Annual statistical returns and brief notes on vaccination in Bengal - 1909-1929
Year: 1909
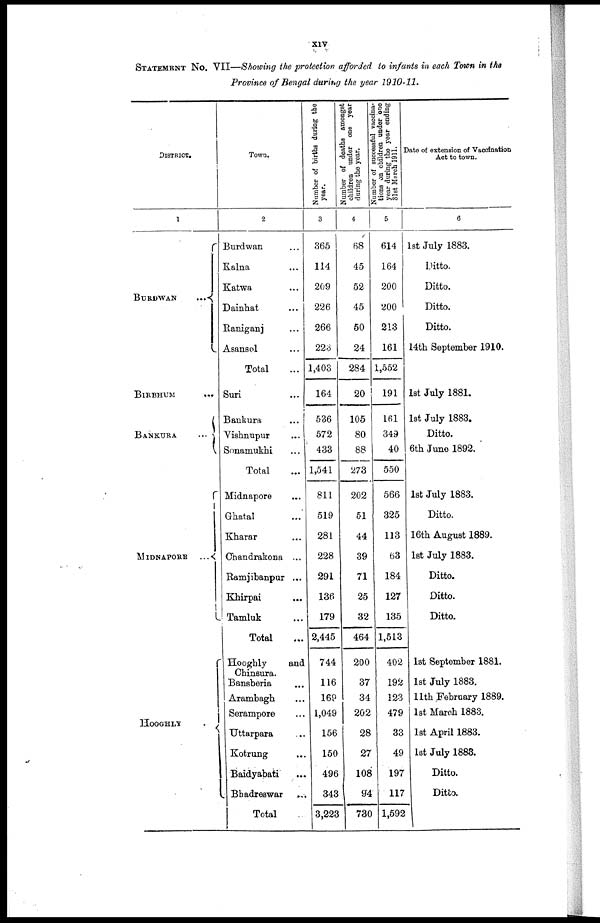
xiv
STATEMENT No. VII—Showing the protection afforded to infants in each Town in the
Province of Bengal during the year 1910-11.
DISTRICT.
1
BURDWAN
...
BIRBHUM...
BANKURA...
...
MIDNAPORE...
HOOGHLY...
Town.
2
Burdwan... ...
Kalna... ...
Katwa... ...
Dainhat... ...
Raniganj... ...
Asansol... ...
Total...
Suri... ...
Bankura... ...
Vishnupur... ...
Sonamukhi... ...
Total...
Midnapore... ...
Ghatal... ...
Kharar... ...
Chandrakona... ...
Ramjibanpur... ...
Khirpai...
...
Tamluk... ...
Total...
Hooghly
and
Chinsura.
Bansberia... ...
Arambagh... ...
Serampore... ...
Uttarpara... ...
Kotrung... ...
Baidyabati... ...
Bhadreswar... ...
Total...
Number of births during the
year.
3
365
114
209
226
266
223
1,408
164
536
572
433
1,541
811
519
281
228
291
136
179
2,445
744
116
169
1,049
156
150
496
343
3,223
Number of deaths amongst
children under one year
during the year.
4
68
45
52
45
50
24
284
20
105
80
88
273
202
51
44
39
71
25
32
464
200
37
34
202
28
27
108
94
730
Number of successful vaccina-
tions on children under one
year during the year ending
31st March 1911.
5
614
164
200
200
213
161
1,552
191
161
349
40
550
566
325
113
63
184
127
135
1,513
402
192
123
479
33
49
197
117
1,592
Date of extension of Vaccination
Act to town.
6
1st July 1883.
Ditto.
Ditto.
Ditto.
Ditto.
14th September 1910.
1st July 1881.
1st July 1883.
Ditto.
6th June 1892.
1st July 1883.
Ditto.
16th August 1889.
1st July 1883.
Ditto.
Ditto.
Ditto.
1st September 1881.
1st July 1883.
11th February 1889.
1st March 1883.
1st April 1883.
1st July 1883.
Ditto.
Ditto.